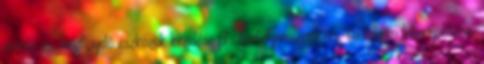
mérő- és megfigyelő eszközök kezelése pl.: tanfolyamszervezés, tanfolyam lebonyolítása,